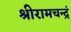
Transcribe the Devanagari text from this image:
श्रीरामचन्द्रं